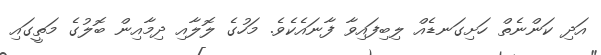
އަދި ކަންނެތް ހަށިގަނޑެއް ލިބިފައިވާ ފާނައެކެވެ. މަހުގެ ލޮލާއި ދިމާއިން ބޮލުގެ މަތީގައި